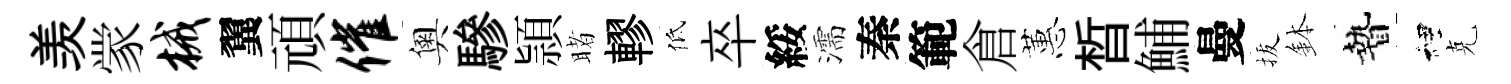
羡䝉械翼頑催奧驂頴睹轇低卒綏濡秦範倉蕙晳鯆曼拔鉢贄裡克